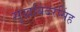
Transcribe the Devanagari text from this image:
सुखबिंदरसिंह